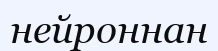
нейроннан